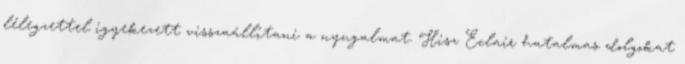
lélegzettel igyekezett visszaállítani a nyugalmat. Hisz Eclair hatalmas dolgokat